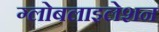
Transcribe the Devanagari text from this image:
ग्‍लोबलाइलेशन